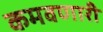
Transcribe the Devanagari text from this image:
कमवणारी